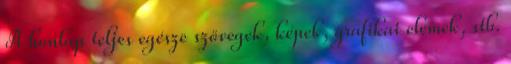
A honlap teljes egésze szövegek, képek, grafikai elemek, stb.